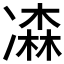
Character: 𠘆